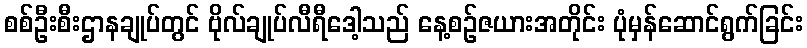
စစ်ဦးစီးဌာနချုပ်တွင် ဗိုလ်ချုပ်လီရီဒေါ့သည် နေ့စဉ်ဇယားအတိုင်း ပုံမှန်ဆောင်ရွက်ခြင်း